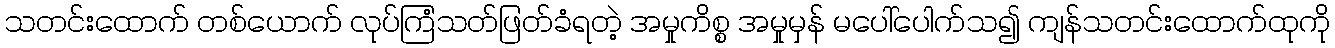
သတင်းထောက် တစ်ယောက် လုပ်ကြံသတ်ဖြတ်ခံရတဲ့ အမှုကိစ္စ အမှုမှန် မပေါ်ပေါက်သ၍ ကျန်သတင်းထောက်ထုကို